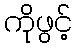
ကိုဖွင့်